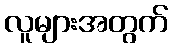
လူများအတွက်